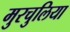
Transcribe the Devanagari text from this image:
मुरचुलिया